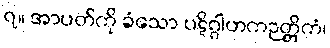
၇။ အာပတ်ကို ခံသော ပဋိဂ္ဂါဟကဉတ္တိကံ၊